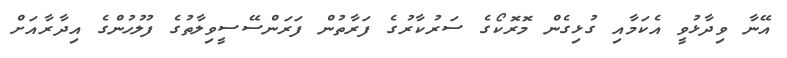
އޭނާ ވިދާޅުވީ އެކަމާއި ގުޅިގެން މޮރޮކޯގެ ސަރުކާރުގެ ފަރާތުން ފަރަންސޭސީވިލާތުގެ ފުލުހުންގެ އިދާރާއަށް